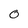
Character: 0